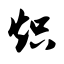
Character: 炽